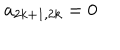
a _ { 2 k + 1 , 2 k } = 0